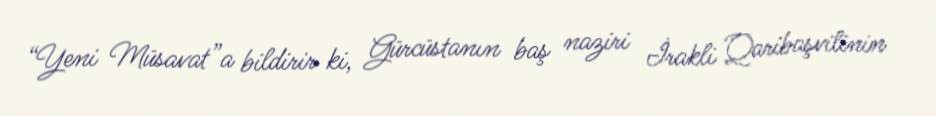
“Yeni Müsavat”a bildirir ki, Gürcüstanın baş naziri İrakli Qaribaşvilinin